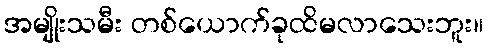
အမျိုးသမီး တစ်ယောက်ခုထိမလာသေးဘူး။